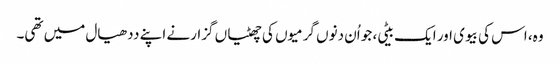
وہ، اس کی بیوی اور ایک بیٹی، جو اُن دنوں گرمیوں کی چھٹیاں گزارنے اپنے ددھیال میں تھی۔